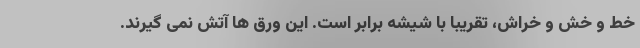
خط و خش و خراش، تقریبا با شیشه برابر است. این ورق ها آتش نمی گیرند.